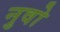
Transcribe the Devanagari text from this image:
नुवो